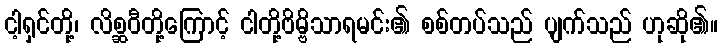
ငါ့ရှင်တို့၊ လိစ္ဆဝီတို့ကြောင့် ငါတို့ဗိမ္ဗိသာရမင်း၏ စစ်တပ်သည် ပျက်သည် ဟုဆို၏။